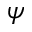
\psi